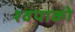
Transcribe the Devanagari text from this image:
श्वपाको